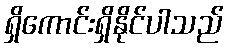
ရှိကောင်းရှိနိုင်ပါသည်